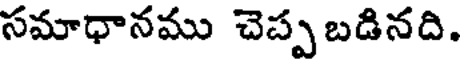
సమాధానము చెప్ప బడినది.